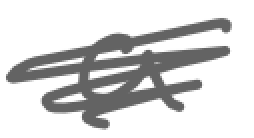
Text: a
Cross-out: scratch
Writing tool: digital_gray